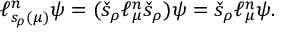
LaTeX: \ell _ { s _ { \rho } ( \mu ) } ^ { n } \psi = ( \check { s } _ { \rho } \ell _ { \mu } ^ { n } \check { s } _ { \rho } ) \psi = \check { s } _ { \rho } \ell _ { \mu } ^ { n } \psi .